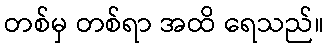
တစ်မှ တစ်ရာ အထိ ရေသည်။